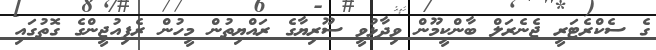
ގެ ސެކްރެޓަރީ ޖެނެރަލް ބާންކީމޫން ވިދާޅުވީ ސޫރިޔާގެ ރައްޔިތުން މީހުން ރެފިއުޖީންގެ ގޮތުގައި